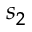
s _ { 2 }